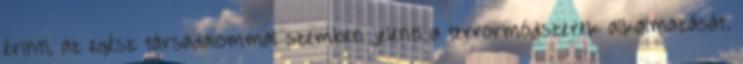
érinti, az egész társadalommal szemben jelenti a terrormódszerek alkalmazását.